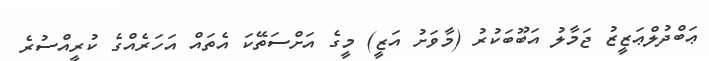
ޢަބްދުލްޢަޒީޒު ޖަމާލު އަބޫބަކުރު (މާވަށު އަޒީ) މީގެ އަށްސަތޭކަ އެތައް އަހަރެއްގެ ކުރީއްސުރެ